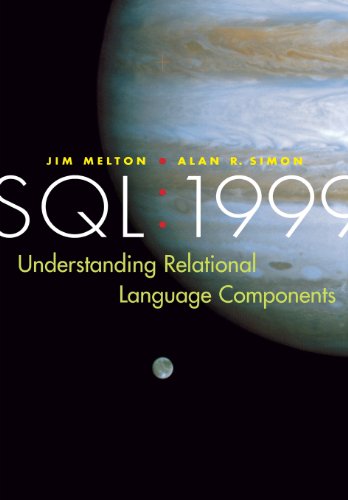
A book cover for SQL: 1999: Understanding Relational Language Components (The Morgan Kaufmann Series in Data Management Systems); Jim Melton; Computers & Technology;